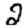
Digit: 2